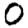
Digit: 0